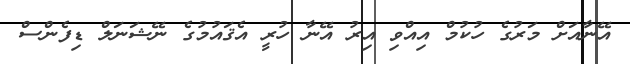
އޭނާއަށް މަރުގެ ހުކުމް އިއްވި އިރު އޭނާ ހުރީ އެޤައުމުގެ ނޭޝަނަލް ޑިފެންސް